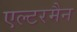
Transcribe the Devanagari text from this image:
एल्टरमैन